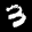
Label: 3